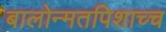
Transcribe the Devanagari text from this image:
बालोन्मतपिशाच्च